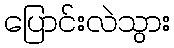
ပြောင်းလဲသွား